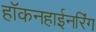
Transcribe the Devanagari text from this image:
हॉकनहाईनरिंग